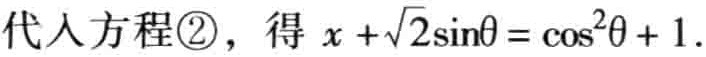
代入方程\textcircled{2}，得 \(x +\sqrt{2}\sin\theta = \cos^{2}\theta + 1\).